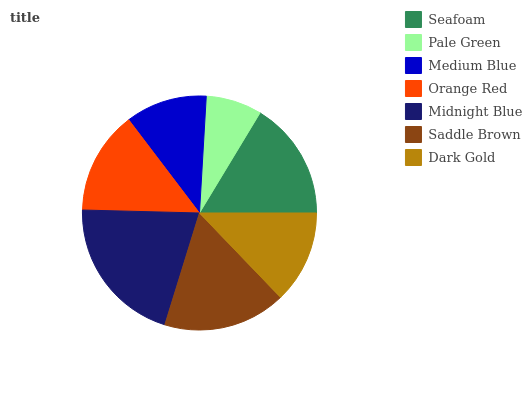
| Seafoam | Pale Green | Medium Blue | Orange Red | Midnight Blue | Saddle Brown | Dark Gold |
 | --- | --- | --- | --- | --- | --- | --- |
 | 16.4% | 7.72% | 11.2% | 14.2% | 20.7% | 17% | 12.8% |